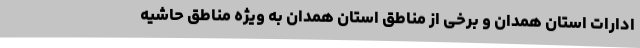
ادارات استان همدان و برخی از مناطق استان همدان به ویژه مناطق حاشیه